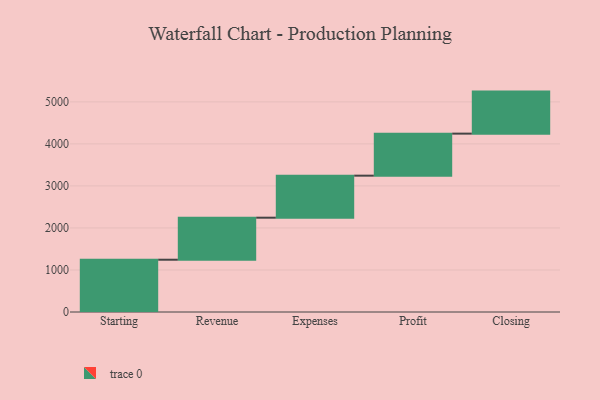
{"axis": {"x": "Step", "y": "Value"}, "legend": [""], "data": [{"x": "Starting", "y": 1244.0, "type": ""}, {"x": "Revenue", "y": 1000, "type": ""}, {"x": "Expenses", "y": 1000, "type": ""}, {"x": "Profit", "y": 1000, "type": ""}, {"x": "Closing", "y": 1000, "type": ""}]}